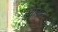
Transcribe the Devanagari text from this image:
हवानाने